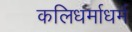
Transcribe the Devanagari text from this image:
कलिधर्माधर्म